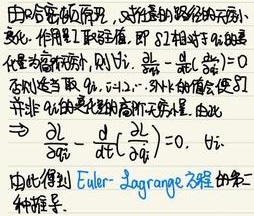
由哈密顿原理，对任意的路径的微小变化，作用量取驻值。即若\(\delta I\)相对于\(q_i\)的变化量为零存在，则\(\delta I=\frac{\partial L}{\partial q_i}-\frac{d}{dt}(\frac{\partial L}{\partial \dot{q}_i}) = 0\)；否则若选取\(q_1, q_2, \cdots, q_n\)的值会使\(\delta I\)并非\(q_i\)的变化的高阶无穷小量。由此
\[\Rightarrow \frac{\partial L}{\partial q_i}-\frac{d}{dt}\left(\frac{\partial L}{\partial \dot{q}_i}\right)=0, \quad \forall i\]
由此得到Euler - Lagrange方程的第二种推导。